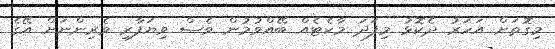
މިގޮތަށް އަހަރު ދެކޮޅު މިފަދަ މާކެޓެއް ބޭއްވުމުން ވެސް ވިޔަފާރި ވެރިންނަށް އޭގެ